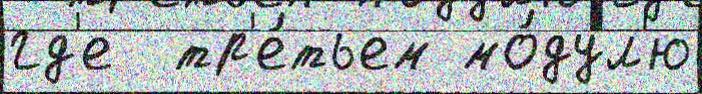
гд'е  тр'е́тьем мо́дул'ю